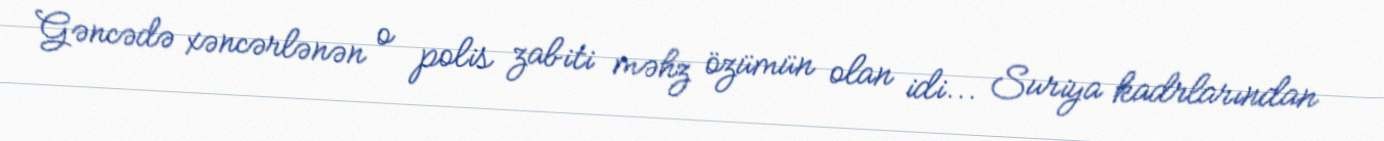
Gəncədə xəncərlənən o polis zabiti məhz özümün olan idi... Suriya kadrlarından